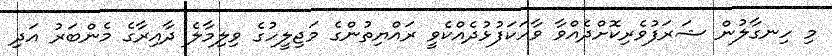
މި ހިނގާލުން ޝަރަފުވެރިކޮށްދެއްވާ ވާހަކަފުޅުދެއްކެވީ ރައްޔިތުންގެ މަޖިލީހުގެ ވިލިމާލެ ދާއިރާގެ މެންބަރު އަދި